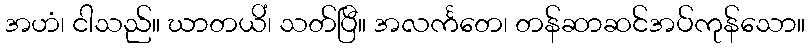
အဟံ၊ ငါသည်။ ဃာတယိံ၊ သတ်ပြီ။ အလင်္ကတေ၊ တန်ဆာဆင်အပ်ကုန်သော။